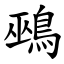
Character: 鵐